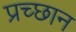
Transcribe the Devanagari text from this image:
प्रच्छान